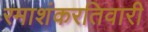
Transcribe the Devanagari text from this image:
रमाशंकरतिवारी